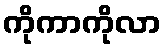
ကိုကာကိုလာ